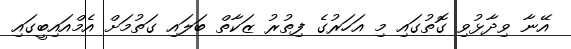
އޭނާ ވިދާޅުވި ގޮތުގައި މި އަހަރުގެ ފިތުރު ޒަކާތް ބަލައި ގަތުމަށް އެމްއައިބީގައި